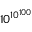
1 0 ^ { 1 0 ^ { 1 0 0 } }